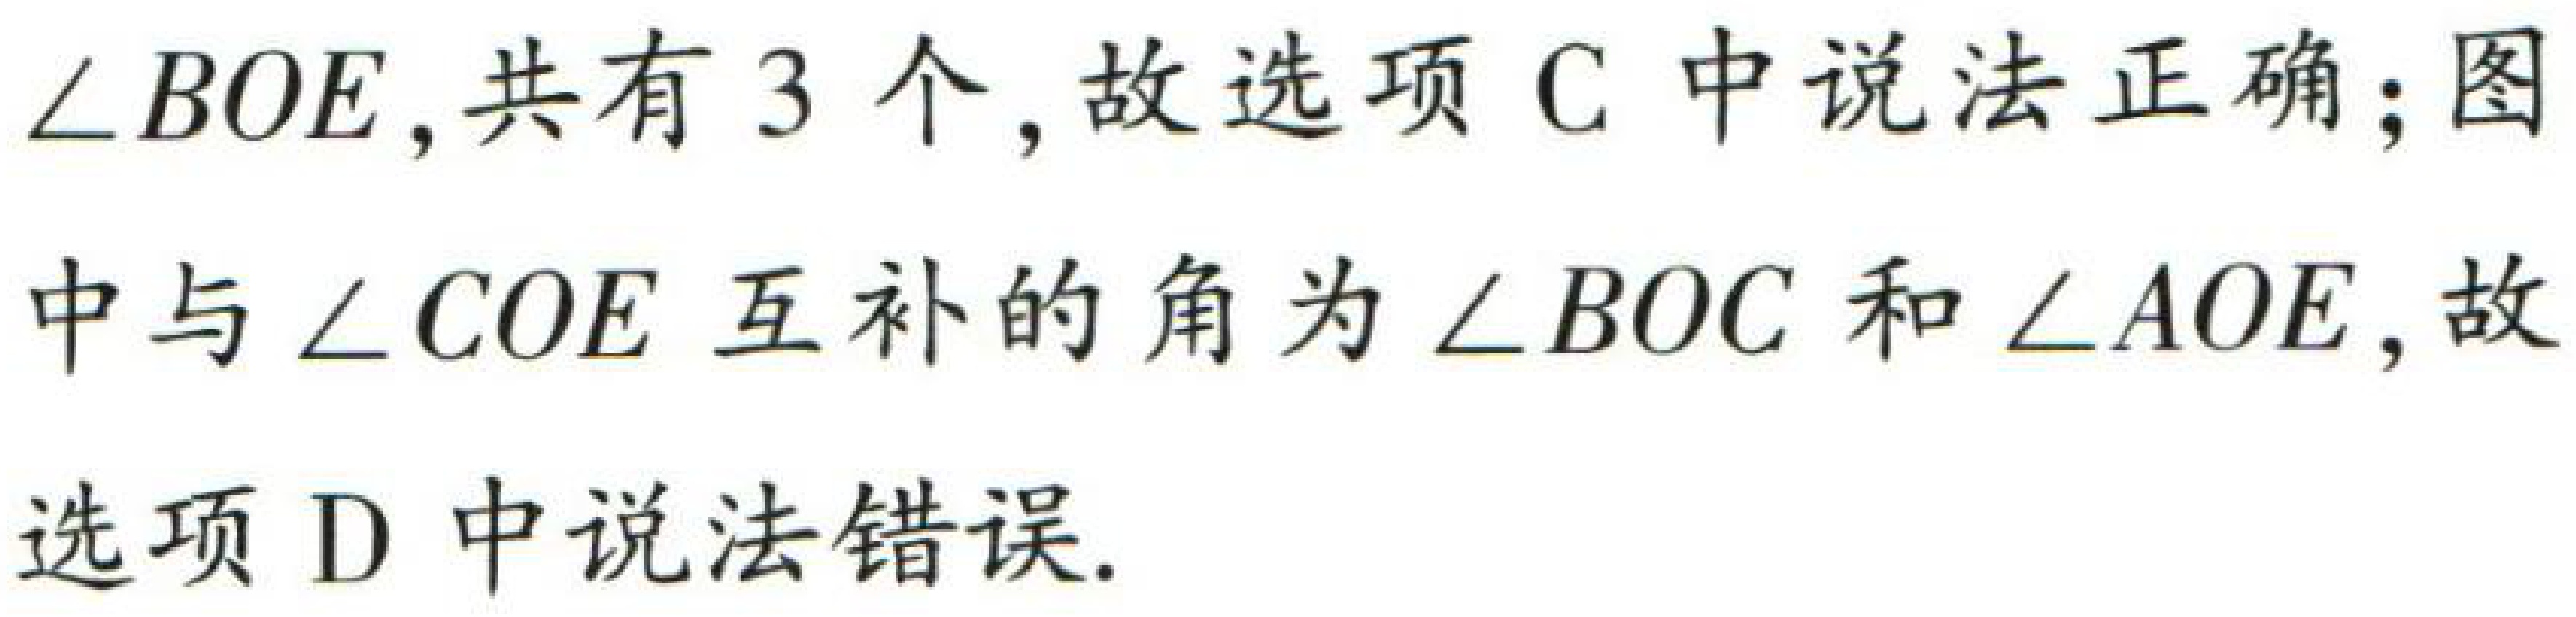
$\angle BOE$,共有$3$个,故选项C中说法正确;图中与$\angle COE$互补的角为$\angle BOC$和$\angle AOE$,故选项D中说法错误.